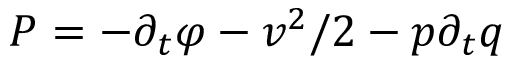
P = - \partial _ { t } \varphi - \boldsymbol { v } ^ { 2 } / 2 - p \partial _ { t } q